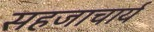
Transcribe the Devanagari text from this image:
सहजाचार्य